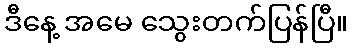
ဒီနေ့ အမေ သွေးတက်ပြန်ပြီ။